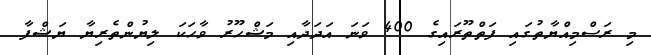
މި ރަސްމިއްޔާތުގައި ފަތްތޫރައިގެ 400 ވަނަ އަދަދާއި މަޝްހޫރު ވާހަކަ ލިޔުންތެރިޔާ ޔަޝްފާ